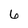
Character: 6